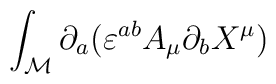
\int _{\cal M}\partial _{a}(\varepsilon ^{ab}A_{\mu }\partial _{b}X^{\mu })